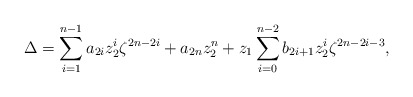
\begin{align*}\Delta =\sum_{i=1}^{n-1}a_{2i}z_{2}^{i}\zeta^{2n-2i}+a_{2n}z_{2}^{n}+z_{1}\sum_{i=0}^{n-2}b_{2i+1}z_{2}^{i}\zeta^{2n-2i-3}, \end{align*}